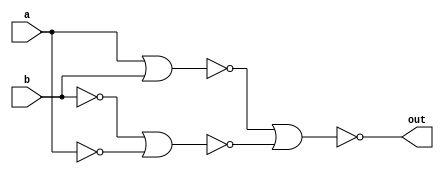
module xorgate
(
  input  a,b,
  output  out
);

wire not1, not2, out1, out2;

not nota( not1, a);
not notb( not2, b);
nor nor1( out1, a, b);
nor nor2( out2, not2, not1);
nor nor3( out, out1, out2 );

endmodule